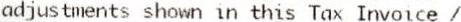
ADJUSTMENTS SHOWN IN THIS TAX INVOICE /